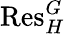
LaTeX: {\mathrm{Res}}_{H}^{G}